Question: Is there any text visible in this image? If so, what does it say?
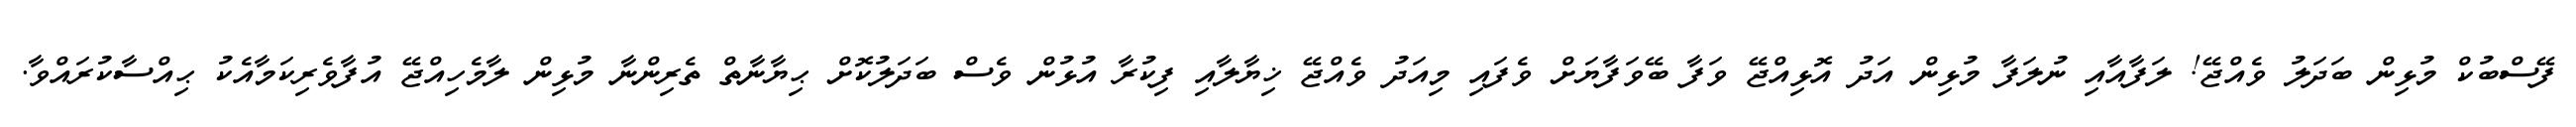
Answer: ފޭސްބުކް މުޅިން ބަދަލު ވެއްޖޭ! ލަފާއާއި ނުލަފާ މުޅިން އަދު އޮޅިއްޖޭ ވަފާ ބޭވަފާޔަށް ވެފައި މިއަދު ވެއްޖޭ ޚިޔާލާއި ފިކުރާ އުޅުން ވެސް ބަދަލުކޮށް ޙިޔާނާތް ތެރިންނާ މުޅިން ލާމެހިއްޖޭ އުފާވެރިކަމާއެކު ޙިއްސާކުރައްވާ.